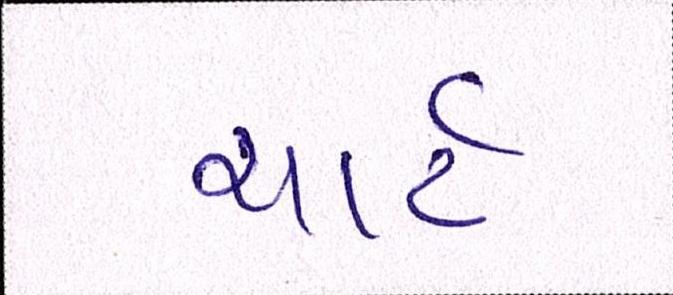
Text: ચાર્ટ